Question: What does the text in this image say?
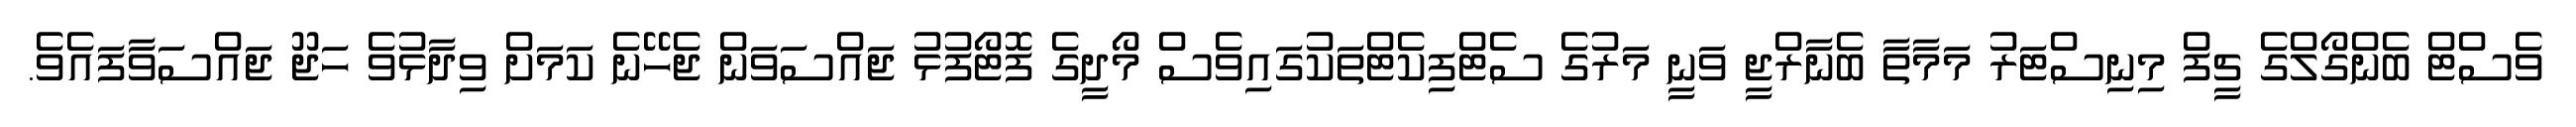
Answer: ވެސްޓް ބެންގޯލްގެ ޗީފް މިނިސްޓަރު މަމާތާ ބެނާރްޖީ ވަނީ މަރުގެ ސެޓްފިކެޓްތަކުގައިވެސް މޯދީގެ ފޮޓޯފުޅު ޖައްސަވަން ޖެހޭނެ ކަމަށް ވިދާޅުވެ ހަޖޫ ޖައްސަވާފައެވެ.